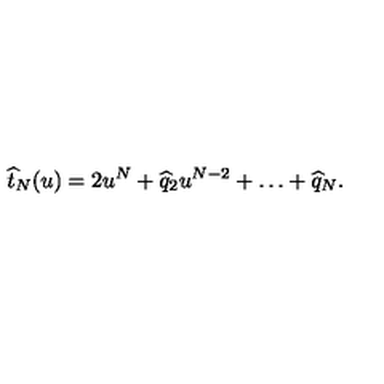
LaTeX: \widehat t _ { N } ( u ) = 2 u ^ { N } + \widehat q _ { 2 } u ^ { N - 2 } + \ldots + \widehat q _ { N } .